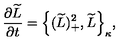
\frac { \partial \widetilde { L } } { \partial t } = \Big \{ ( \widetilde { L } ) _ { + } ^ { 2 } , \widetilde { L } \Big \} _ { \kappa } ,